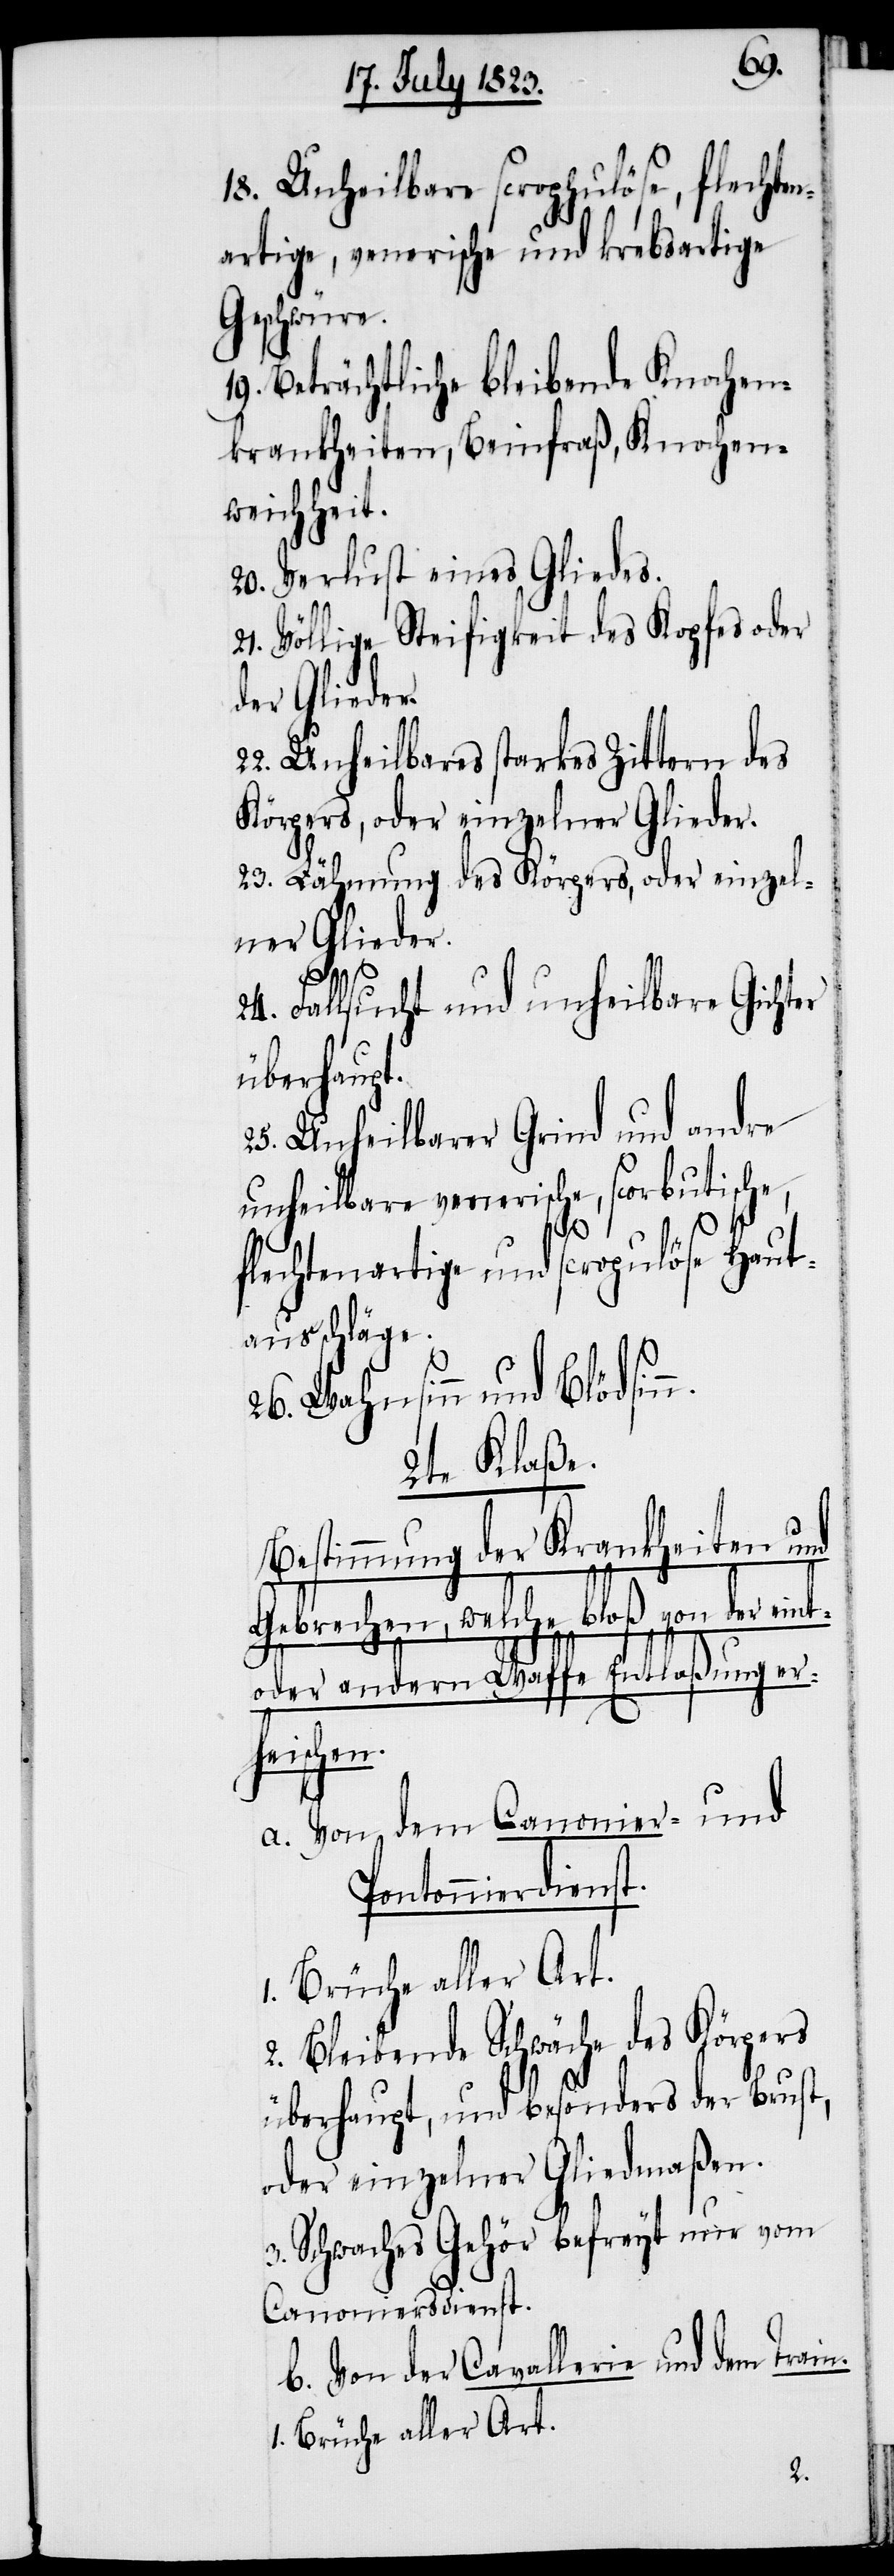
n.
18. Unheilbare scrophulöse, flechten¬
artige, venerische und krebsartige
Geschwüre.
19. Beträchtliche bleibende Knochen¬
krankheiten, Beinfraß, Knochen¬
weichheit.
20. Verlust eines Gliedes.
21. Völlige Steifigkeit des Kopfes oder
der Glieder.
22. Unheilbares starkes Zittern des
Körpers, oder einzelner Glieder.
23. Lähmung des Körpers, oder einzel¬
ner Glieder.
24. Fallsucht und unheilbare Gichter
überhaupt.
25. Unheilbarer Grind und andre
unheilbare venerische, scorbutische,
flechtenartige und scropulöse Haut¬
ausschläge.
26. Wahnsinn und Blödsin¬
2te Klaße.
Bestimmung der Krankheiten und
Gebrechen, welche bloß von der eint-
oder andern Waffe Entlaßung er¬
heischen.
a. Von dem Canonier- und
Pontonnierdienst.
1. Brüche aller Art.
2. Bleibende Schwäche des Körpers
überhaupt, und besonders der Brust,
oder einzelner Gliedmaßen.
3. Schwaches Gehör befreyt nur vom
Canoniersdienst.
b. Von der Cavallerie und dem Train.
1. Brüche aller Art.